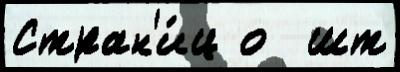
Стран'и́ц о  шт